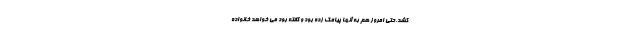
کشد.حتی امروز هم به آنها پیامک زده بود و گفته بود می خواهد خانواده